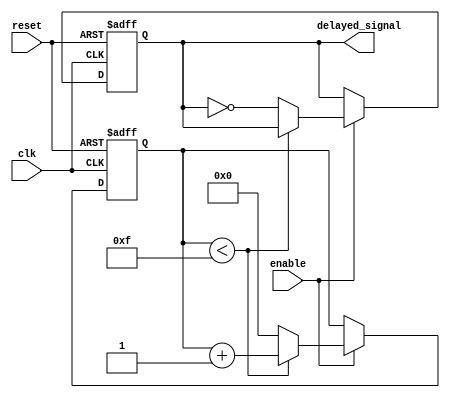
module nand_gate_delay (
    input wire clk,
    input wire reset,
    input wire enable,
    output reg delayed_signal
);

reg [3:0] counter;

always @(posedge clk or posedge reset) begin
    if (reset) begin
        counter <= 4'b0000;
        delayed_signal <= 1'b0;
    end else if (enable) begin
        if (counter < 4'b1111) begin
            counter <= counter + 1;
        end else begin
            counter <= 4'b0000;
            delayed_signal <= ~delayed_signal;
        end
    end
end

endmodule